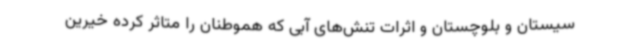
سیستان و بلوچستان و اثرات تنش‌های آبی که هموطنان را متاثر کرده خیرین